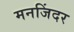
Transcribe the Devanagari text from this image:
मनजिंदर